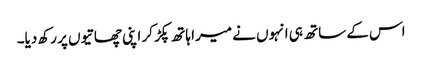
اس کے ساتھ ہی انہوں نے میرا ہاتھ پکڑ کر اپنی چھاتیوں پر رکھ دیا۔